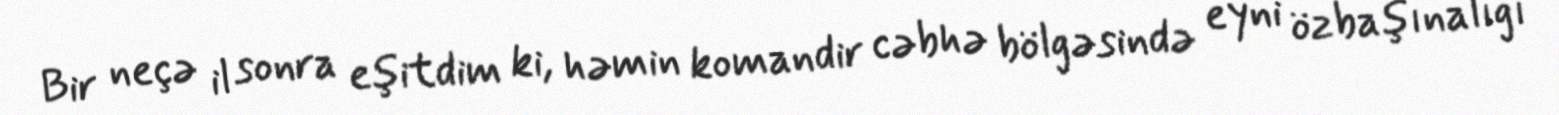
Bir neçə il sonra eşitdim ki, həmin komandir cəbhə bölgəsində eyni özbaşınalığı